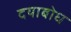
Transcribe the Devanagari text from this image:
दयाबोध